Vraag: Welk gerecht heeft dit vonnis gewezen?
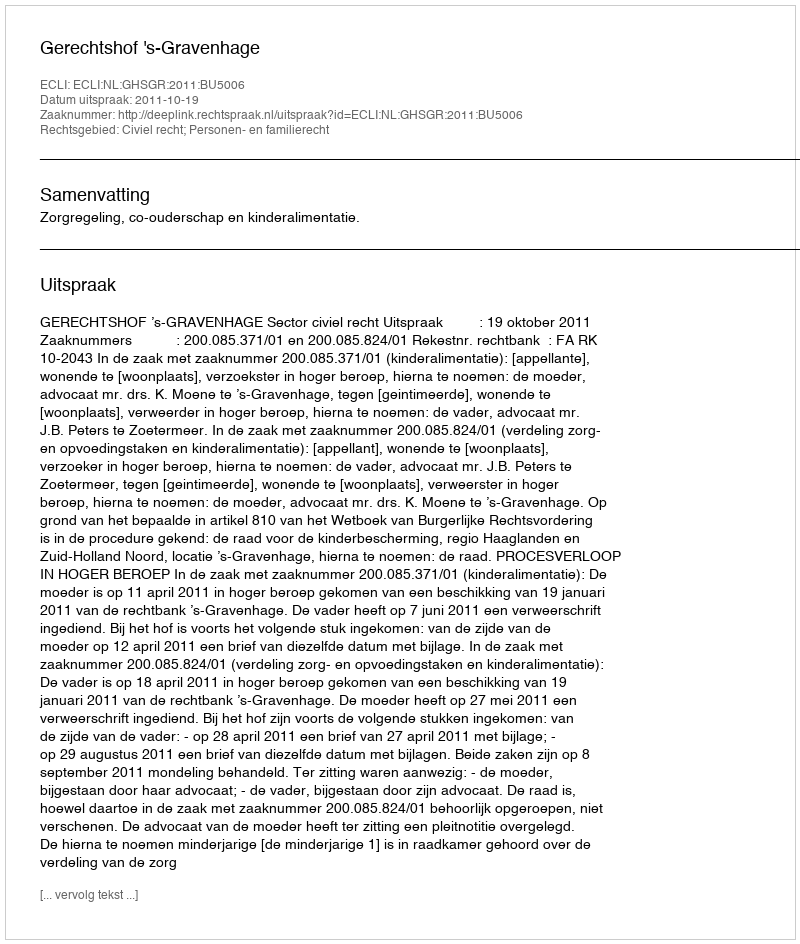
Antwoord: Gerechtshof 's-Gravenhage